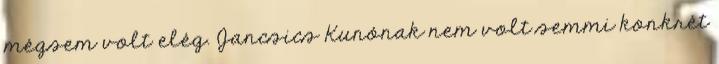
mégsem volt elég. Jancsics Kunónak nem volt semmi konkrét